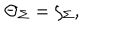
LaTeX: \Theta _ { \Sigma } = \zeta _ { \Sigma } ,